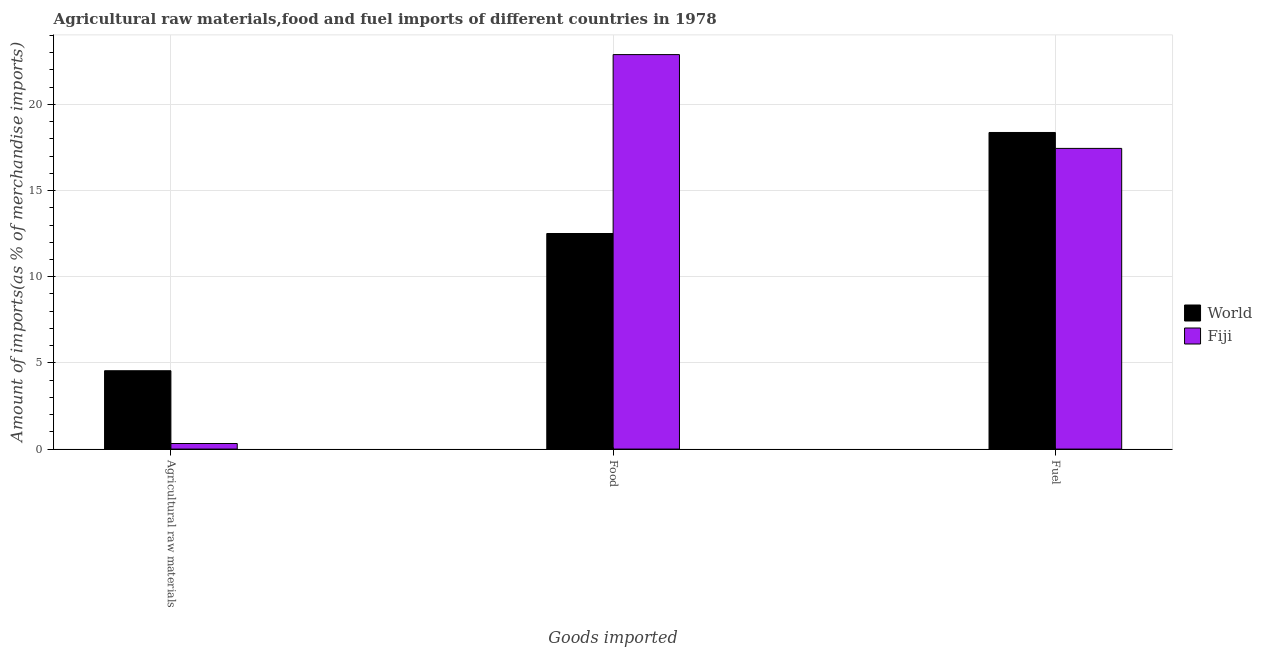
| Goods imported | World | Fiji |
 | --- | --- | --- |
 | Agricultural raw materials | 4.55 | 0.323 |
 | Food | 12.5 | 22.9 |
 | Fuel | 18.4 | 17.4 |